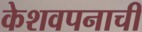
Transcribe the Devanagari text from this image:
केशवपनाची